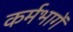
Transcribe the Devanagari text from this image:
कर्मभागें